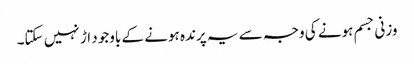
وزنی جسم ہونے کی وجہ سے یہ پرندہ ہونے کے باوجود اڑ نہیں سکتا۔